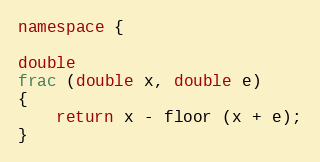
Language: C++
namespace {

double
frac (double x, double e)
{
    return x - floor (x + e);
}